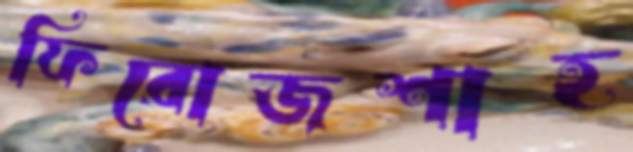
ফিরোজশাহ